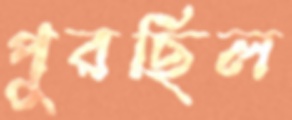
পুরছিল